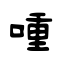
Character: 喠